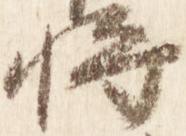
将